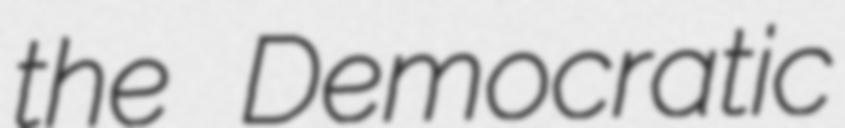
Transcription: the Democratic